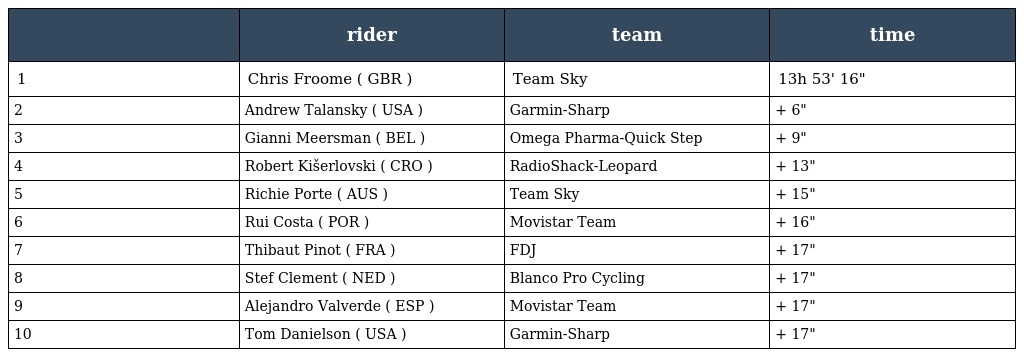
|  | rider | team | time |
 | --- | --- | --- | --- |
 | 1 | Chris Froome ( GBR ) | Team Sky | 13h 53' 16" |
 | 2 | Andrew Talansky ( USA ) | Garmin-Sharp | + 6" |
 | 3 | Gianni Meersman ( BEL ) | Omega Pharma-Quick Step | + 9" |
 | 4 | Robert Kišerlovski ( CRO ) | RadioShack-Leopard | + 13" |
 | 5 | Richie Porte ( AUS ) | Team Sky | + 15" |
 | 6 | Rui Costa ( POR ) | Movistar Team | + 16" |
 | 7 | Thibaut Pinot ( FRA ) | FDJ | + 17" |
 | 8 | Stef Clement ( NED ) | Blanco Pro Cycling | + 17" |
 | 9 | Alejandro Valverde ( ESP ) | Movistar Team | + 17" |
 | 10 | Tom Danielson ( USA ) | Garmin-Sharp | + 17" |